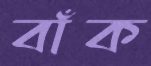
বাঁক